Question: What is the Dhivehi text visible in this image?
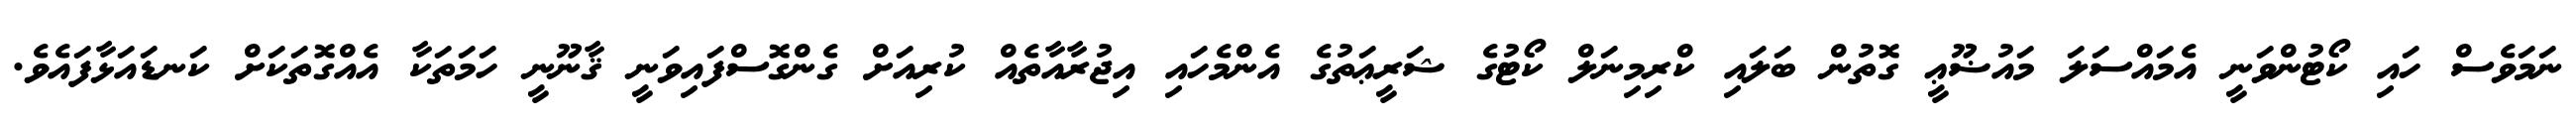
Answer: ނަމަވެސް ހައި ކޯޓުންވަނީ އެމައްސަލަ މައުޟޫޢީ ގޮތުން ބަލައި ކްރިމިނަލް ކޯޓުގެ ޝަރީޢަތުގެ އެންމެހައި އިޖުރާއާތެއް ކުރިއަށް ގެންގޮސްފައިވަނީ ޤާނޫނީ ހަމަތަކާ އެއްގޮތަކަށް ކަނޑައަޅާފައެވެ.